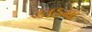
કાઠમા